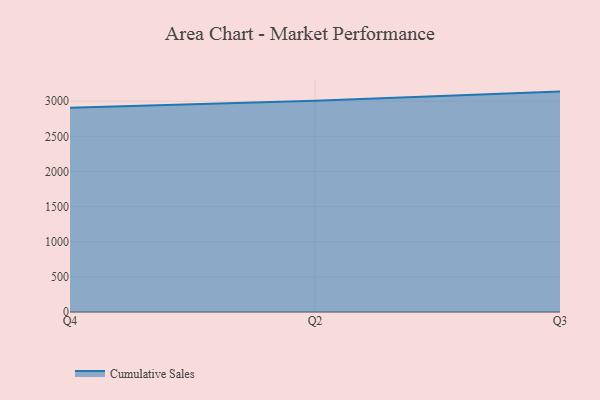
{"axis": {"x": "Quarter", "y": "Production Output"}, "legend": ["Cumulative Sales"], "data": [{"x": "Q4", "y": 2908.4, "type": "Cumulative Sales"}, {"x": "Q2", "y": 3006.1, "type": "Cumulative Sales"}, {"x": "Q3", "y": 3137.5, "type": "Cumulative Sales"}]}